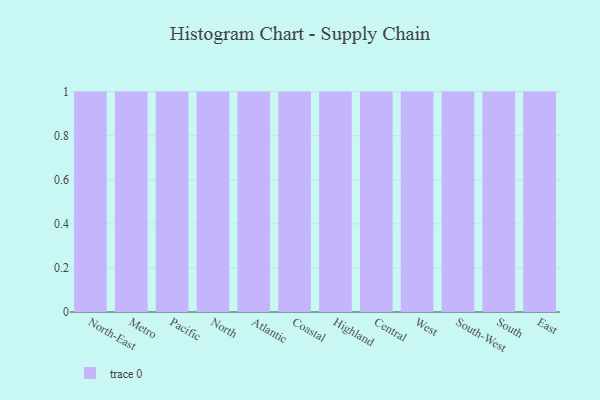
{"axis": {"x": "Region", "y": "Inventory Turnover"}, "legend": [""], "data": [{"x": "North-East", "y": 12, "type": ""}, {"x": "Metro", "y": 62, "type": ""}, {"x": "Pacific", "y": 83, "type": ""}, {"x": "North", "y": 18, "type": ""}, {"x": "Atlantic", "y": 17, "type": ""}, {"x": "Coastal", "y": 67, "type": ""}, {"x": "Highland", "y": 84, "type": ""}, {"x": "Central", "y": 16, "type": ""}, {"x": "West", "y": 7, "type": ""}, {"x": "South-West", "y": 17, "type": ""}, {"x": "South", "y": 98, "type": ""}, {"x": "East", "y": 72, "type": ""}]}